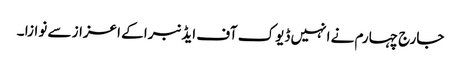
جارج چہارم نے انہیں ڈیوک آف ایڈنبرا کے اعزاز سے نوازا ۔